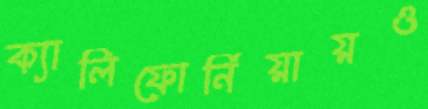
ক্যালিফোর্নিয়ায়ও